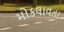
મોકલાવતા